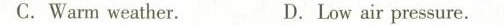
C.Warm weather. D.Low air pressure.